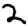
Digit: 2